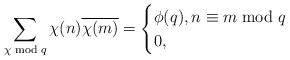
\begin{align*}\sum_{\chi \bmod q} \chi(n) \overline{\chi(m)} =\begin{cases}\phi(q), n \equiv m \bmod q \\0, \end{cases}\end{align*}